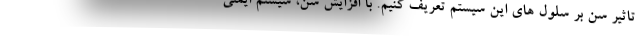
تاثیر سن بر سلول های این سیستم تعریف کنیم. با افزایش سن، سیستم ایمنی